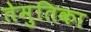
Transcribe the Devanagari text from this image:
तेमुतिका